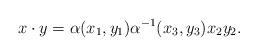
LaTeX: \begin{align*}x\cdot y = \alpha(x_1,y_1)\alpha^{-1}(x_3,y_3)x_2y_2.\end{align*}